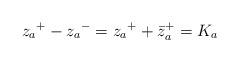
LaTeX: \begin{align*}{z_a}^+ - {z_a}^- = {z_a}^+ + {{{\bar z}_a}}^+ = K_a \end{align*}